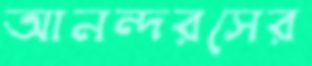
আনন্দরসের